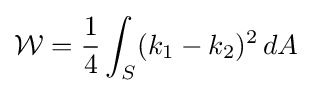
{\mathcal {W}}={1 \over 4}\int _{S}(k_{1}-k_{2})^{2}\,dA